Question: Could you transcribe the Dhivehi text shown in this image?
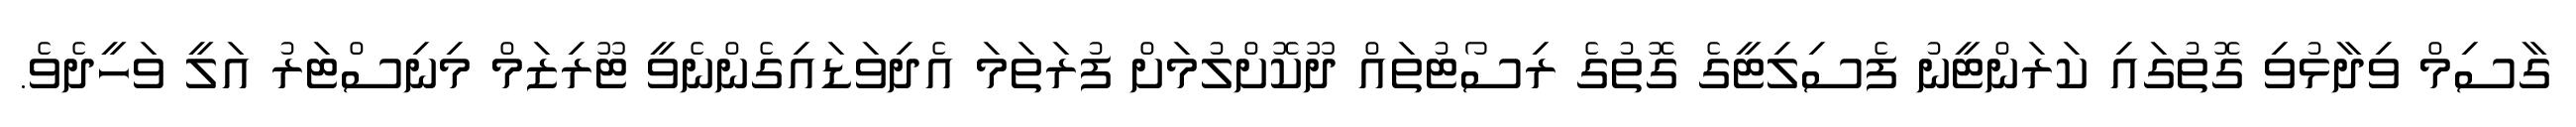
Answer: ގާސިމް ވިދާޅުވި ގޮތުގައި ކަރަންޓީނު ފެސިލިޓީގެ ގޮތުގެ ރިސޯޓުތައް ދޫކޮށްލުމަށް ފުރަތަމަ އެދިވަޑައިގެންނެވީ ޓޫރިޒަމް މިނިސްޓަރު އަލީ ވަހީދެވެ.